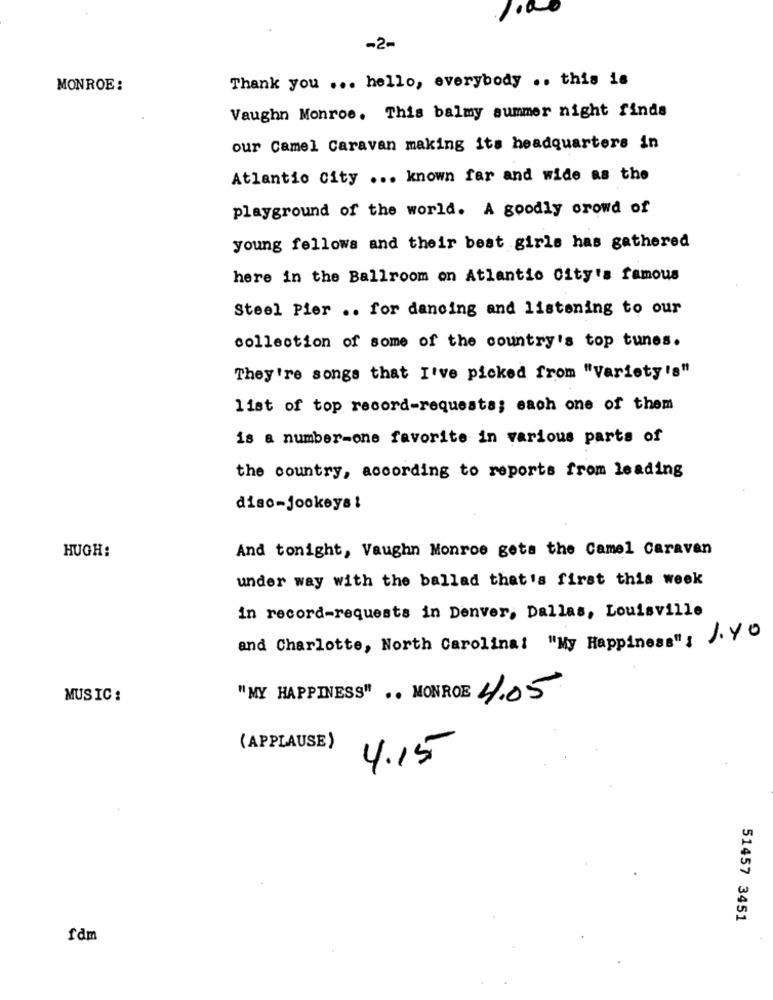
-2-
Thank you ... hello, everybody .. this is
MONROE:
Vaughn Monroe. This balmy summer night finds
our Camel Caravan making its headquarters in
Atlantic City ... known far and wide as the
playground of the world. A goodly crowd of
young fellows and their best girls has gathered
here in the Ballroom on Atlantio City's famous
Steel Pier .. for dancing and listening to our
collection of some of the country's top tunes.
They're songs that I've picked from "Variety's"
list of top record-requests; each one of them
is a number-one favorite in various parts of
the country, according to reports from leading
disc-jockeys !
And tonight, Vaughn Monroe gets the Camel Caravan
HUGH:
under way with the ballad that's first this week
in record-requests in Denver, Dallas, Louisville
and Charlotte, North Carolina: "My Happiness": 1.YO
MUSIC :
"MY HAPPINESS" .. MONROE 4.05
(APPLAUSE)
4.15
51457 3451
fdm